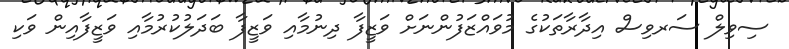
ސިވިލް ސަރވިސް އިދާރާތަކުގެ މުވައްޒަފުންނަށް ވަޒީފާ ދިނުމާއި ވަޒީފާ ބަދަލުކުރުމާއި ވަޒީފާއިން ވަކި